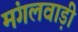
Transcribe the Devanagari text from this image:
मंगलवाड़ी